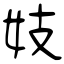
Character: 妓